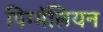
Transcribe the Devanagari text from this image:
पिग्मॅलियन